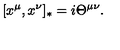
\lbrack x ^ { \mu } , x ^ { \nu } ] _ { * } = i \Theta ^ { \mu \nu } .